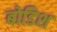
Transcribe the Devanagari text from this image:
बोडिश